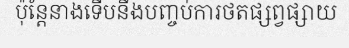
ប៉ុន្តែនាងទើបនឹងបញ្ចប់ការថតផ្សព្វផ្សាយ